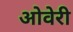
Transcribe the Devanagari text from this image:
ओवेरी